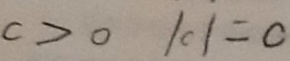
c > 0 \vert c \vert = c